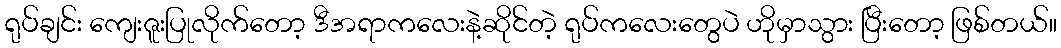
ရုပ်ချင်း ကျေးဇူးပြုလိုက်တော့ ဒီအရာကလေးနဲ့ဆိုင်တဲ့ ရုပ်ကလေးတွေပဲ ဟိုမှာသွား ပြီးတော့ ဖြစ်တယ်။